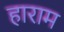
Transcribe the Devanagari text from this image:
हाराम